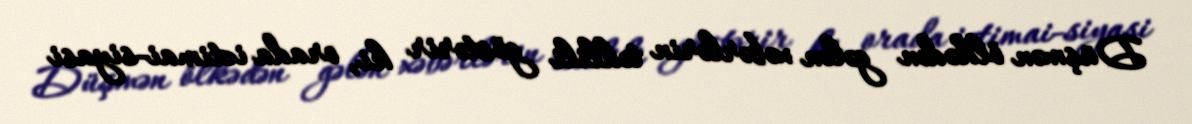
Düşmən ölkədən gələn xəbərlərin təhlili göstərir ki, orada ictimai-siyasi